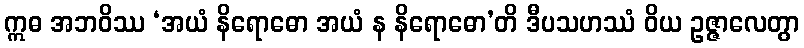
ဣဓ အဘဝိဿ ‘အယံ နိရောဓော အယံ န နိရောဓော’တိ ဒီပသဟဿံ ဝိယ ဥဇ္ဇာလေတွာ